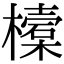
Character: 𣝔